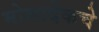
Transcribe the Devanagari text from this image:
मोसादेकचे